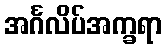
အင်္ဂလိပ်အက္ခရာ